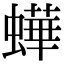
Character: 𧑍